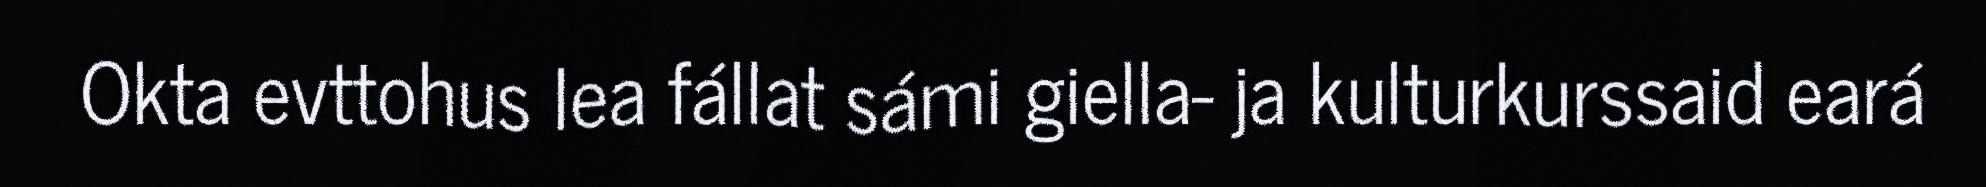
Okta evttohus lea fállat sámi giella- ja kulturkurssaid eará